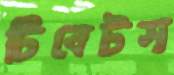
টিবেটস